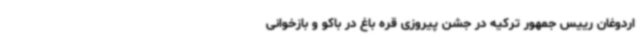
اردوغان رییس جمهور ترکیه در جشن پیروزی قره باغ در باکو و بازخوانی